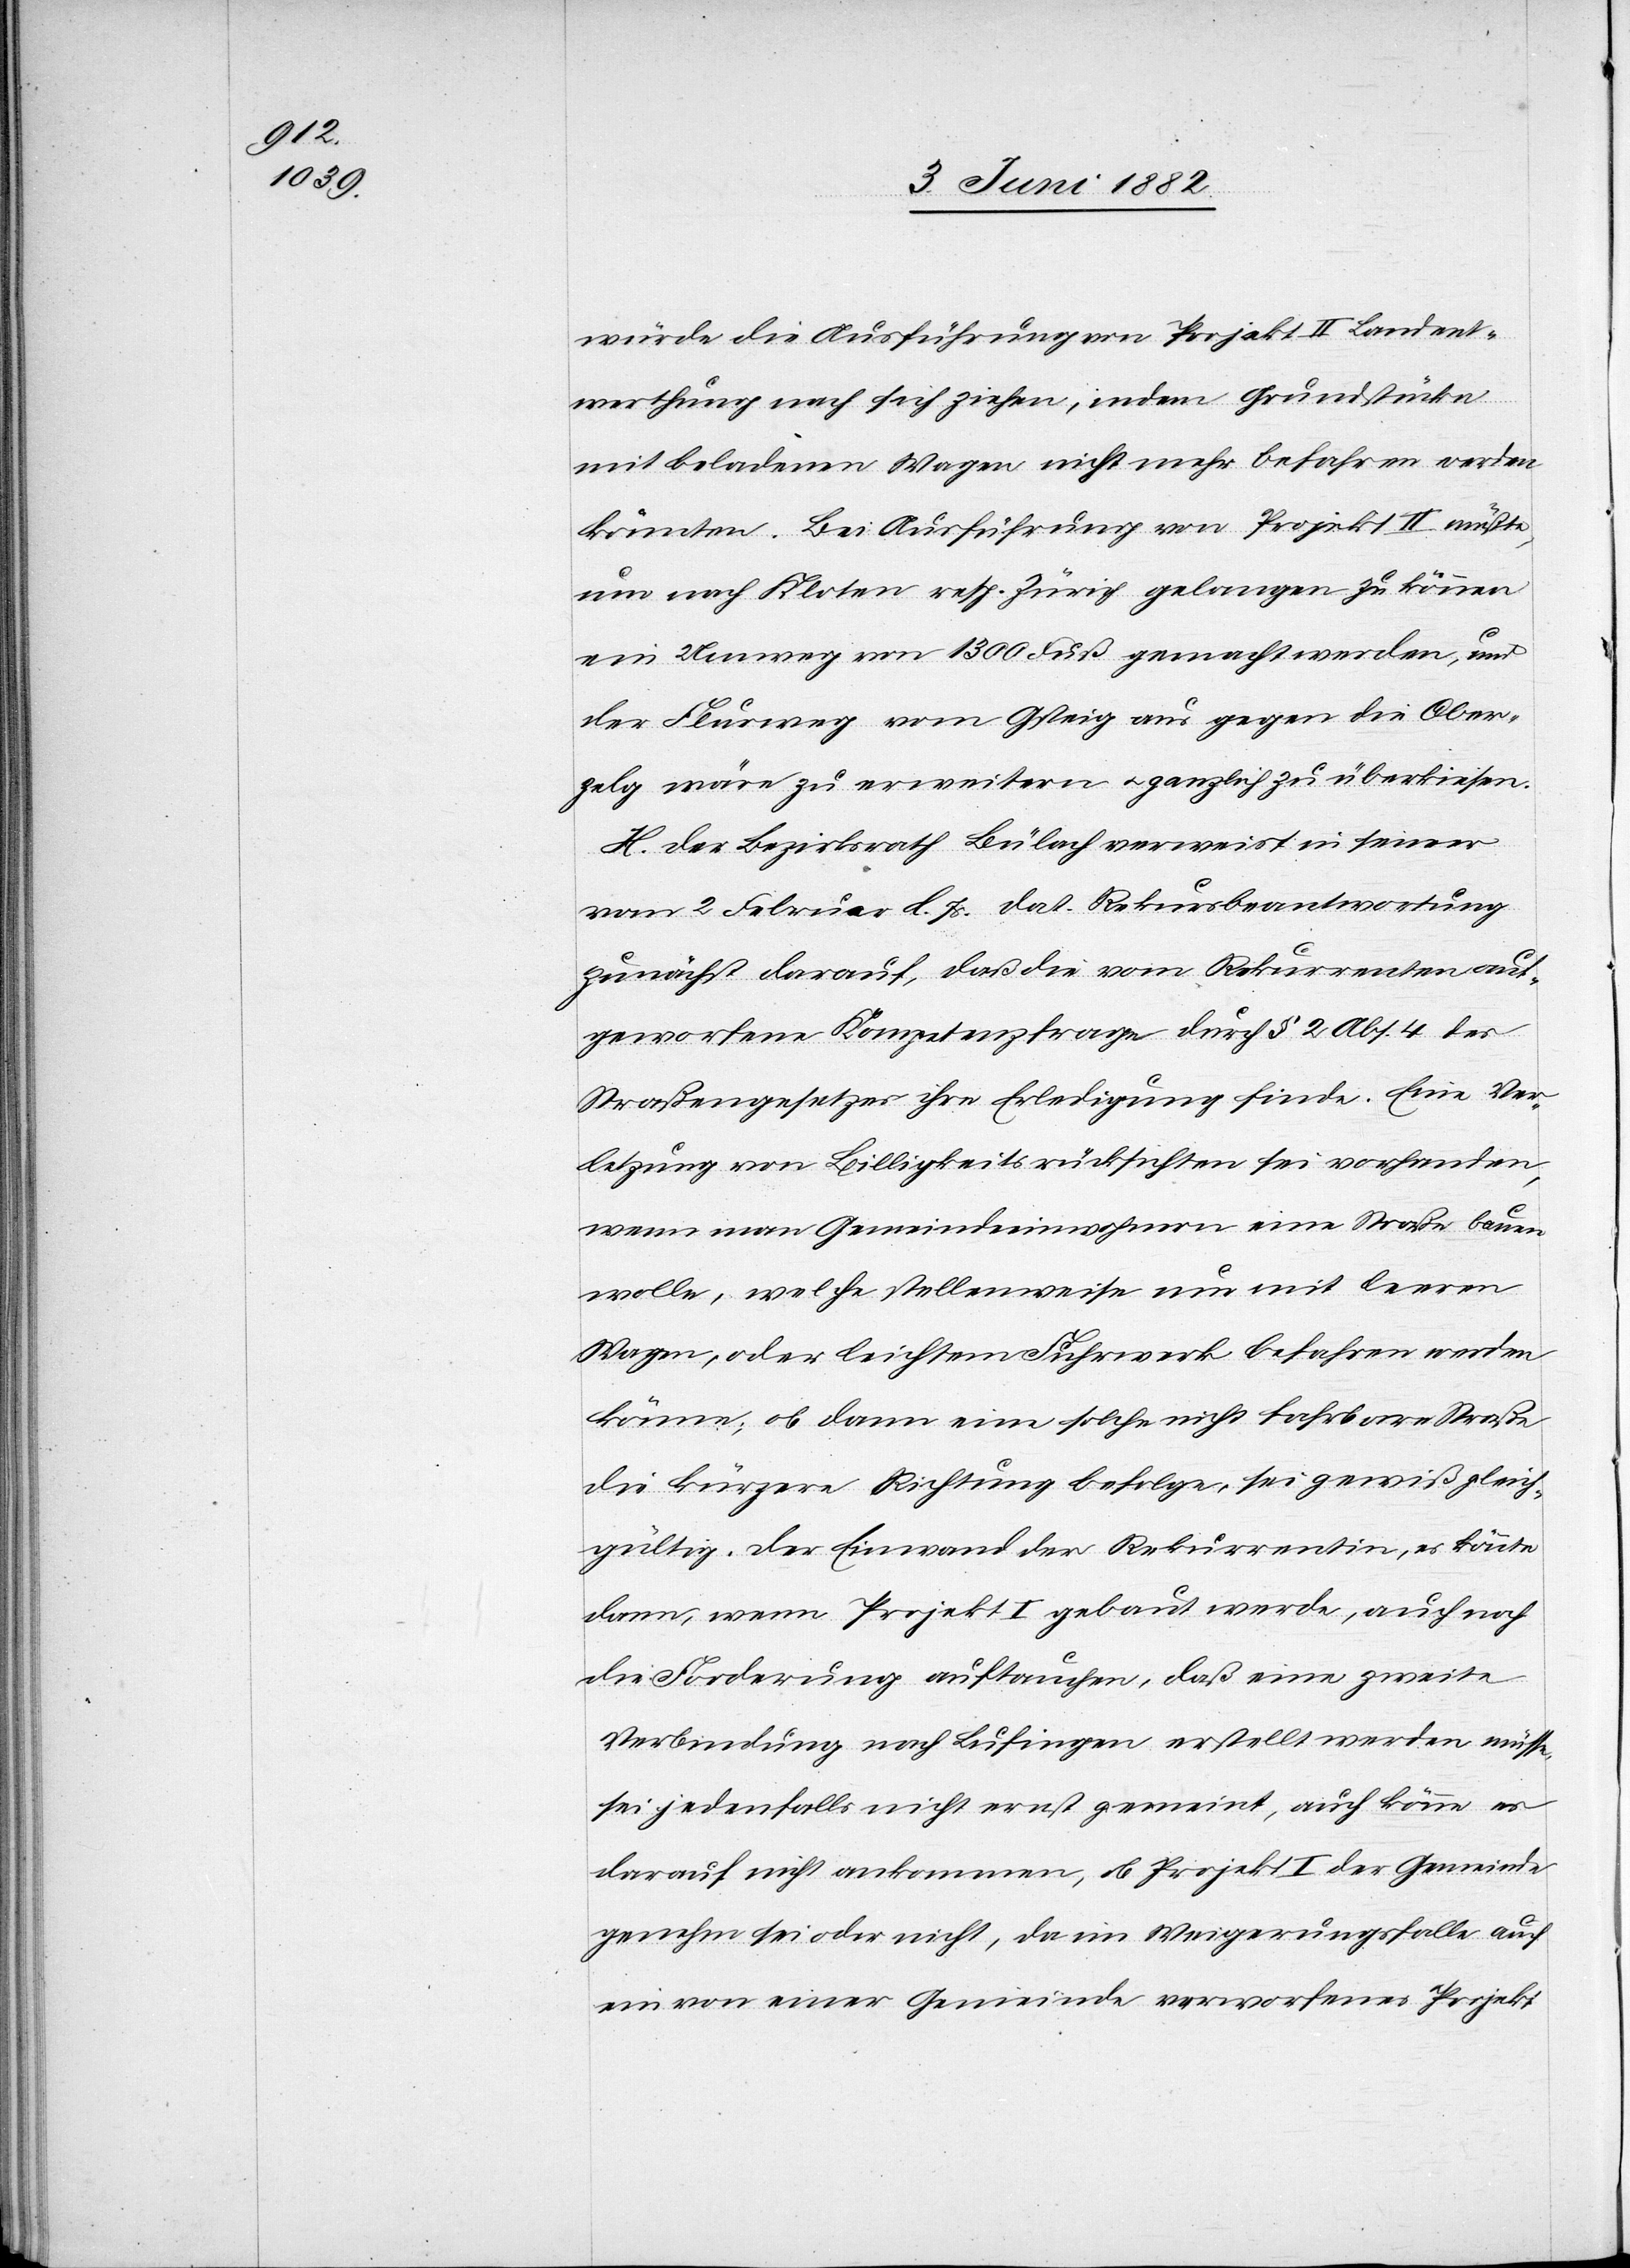
würde die Ausführung von Projekt II Landent¬
werthung nach sich ziehen, indem Grundstücke
mit beladenen Wagen nicht mehr befahren werden
könnten. Bei Ausführung von Projekt II müßte,
um nach Kloten resp. Zürich gelangen zu können
ein Umweg von 1300 Fuß gemacht werden, und
der Flurweg vom Gsteig aus gegen die Ober¬
zelg wäre zu erweitern u. gänzlich zu überkiesen.
H. Der Bezirksrath Bülach verweist in seiner
vom 2. Februar l. Js. dat. Rekursbeantwortung
zunächst darauf, daß die vom Rekurrenten auf¬
geworfene Kompetenzfrage durch § 2 Abs. 4 des
Straßengesetzes ihre Erledigung finde. Eine Ver¬
letzung von Billigkeitsrücksichten sei vorhanden,
wenn man Gemeindeeinwohnern eine Straße bauen
wolle, welche stellenweise nur mit leeren
Wagen, oder leichtem Fuhrwerk befahren werden
könne; ob dann eine solche nicht fahrbare Straße
die kürzeste Richtung befolge, sei gewiß gleich¬
gültig. Der Einwand der Rekurrentin, es könnte
dann, wenn Projekt I gebaut werde, auch noch
die Forderung auftauchen, daß eine zweite
Verbindung nach Lufingen erstellt werden müsse,
sei jedenfalls nicht ernst gemeint, auch könne es
darauf nicht ankommen, ob Projekt I der Gemeinde
genehm sei oder nicht, da im Weigerungsfalle auf
ein von einer Gemeinde verworfenes Projekt